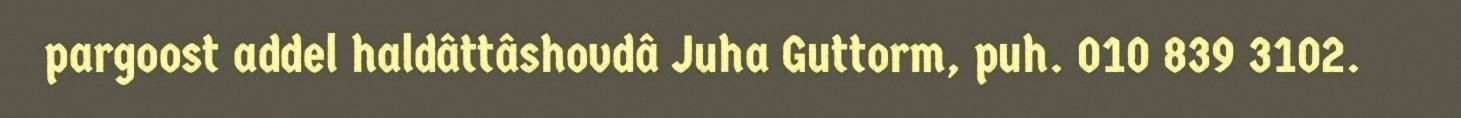
pargoost addel haldâttâshovdâ Juha Guttorm, puh. 010 839 3102.